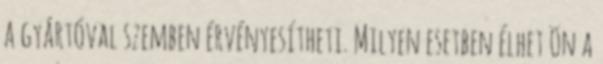
a gyártóval szemben érvényesítheti. Milyen esetben élhet Ön a